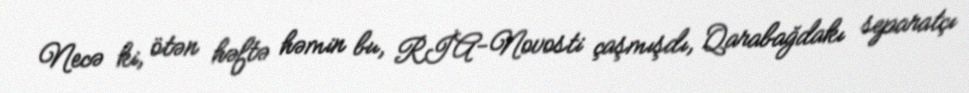
Necə ki, ötən həftə həmin bu, RİA-Novosti çaşmışdı, Qarabağdakı separatçı